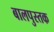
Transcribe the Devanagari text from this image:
बालपुस्तक